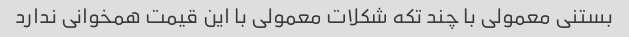
بستنی معمولی با چند تکه شکلات معمولی با این قیمت همخوانی ندارد